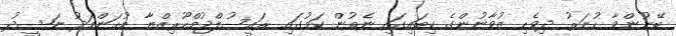
ބޭނުންވާ ހުނަރު ދިވެހި ޒުވާނުންގެ ކިބައިގައި ނެތުން ކަމުގައި ރައީސުލްޖުމްހޫރިއްޔާ މުޙަންމަދު ނަޝީދު